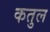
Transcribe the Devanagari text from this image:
कतुल